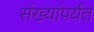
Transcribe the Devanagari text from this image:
संख्यांपर्यंत